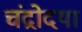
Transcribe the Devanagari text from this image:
चंद्रोदया